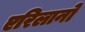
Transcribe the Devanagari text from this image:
एरिलानो